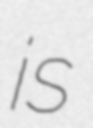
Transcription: is